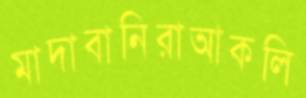
মাদাবানিরাআকলি